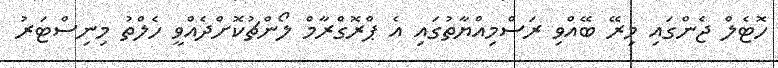
ހޮޓެލް ޖެންގައި މިރޭ ބޭއްވި ރަސްމިއްޔާތުގައި އެ ޕްރޮގްރާމް ލޯންޗުކޮށްދެއްވީ ހެލްތު މިނިސްޓަރު